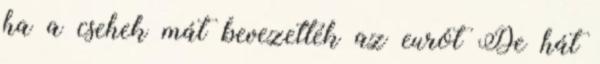
ha a csehek mát bevezették az eurót De hát